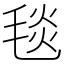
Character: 毯